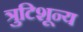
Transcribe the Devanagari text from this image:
त्रुटिशून्य